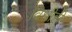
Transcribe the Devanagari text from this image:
विधीही